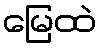
မြေထဲ